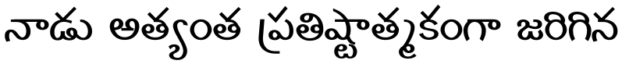
నాడు అత్యంత ప్రతిష్టాత్మకంగా జరిగిన